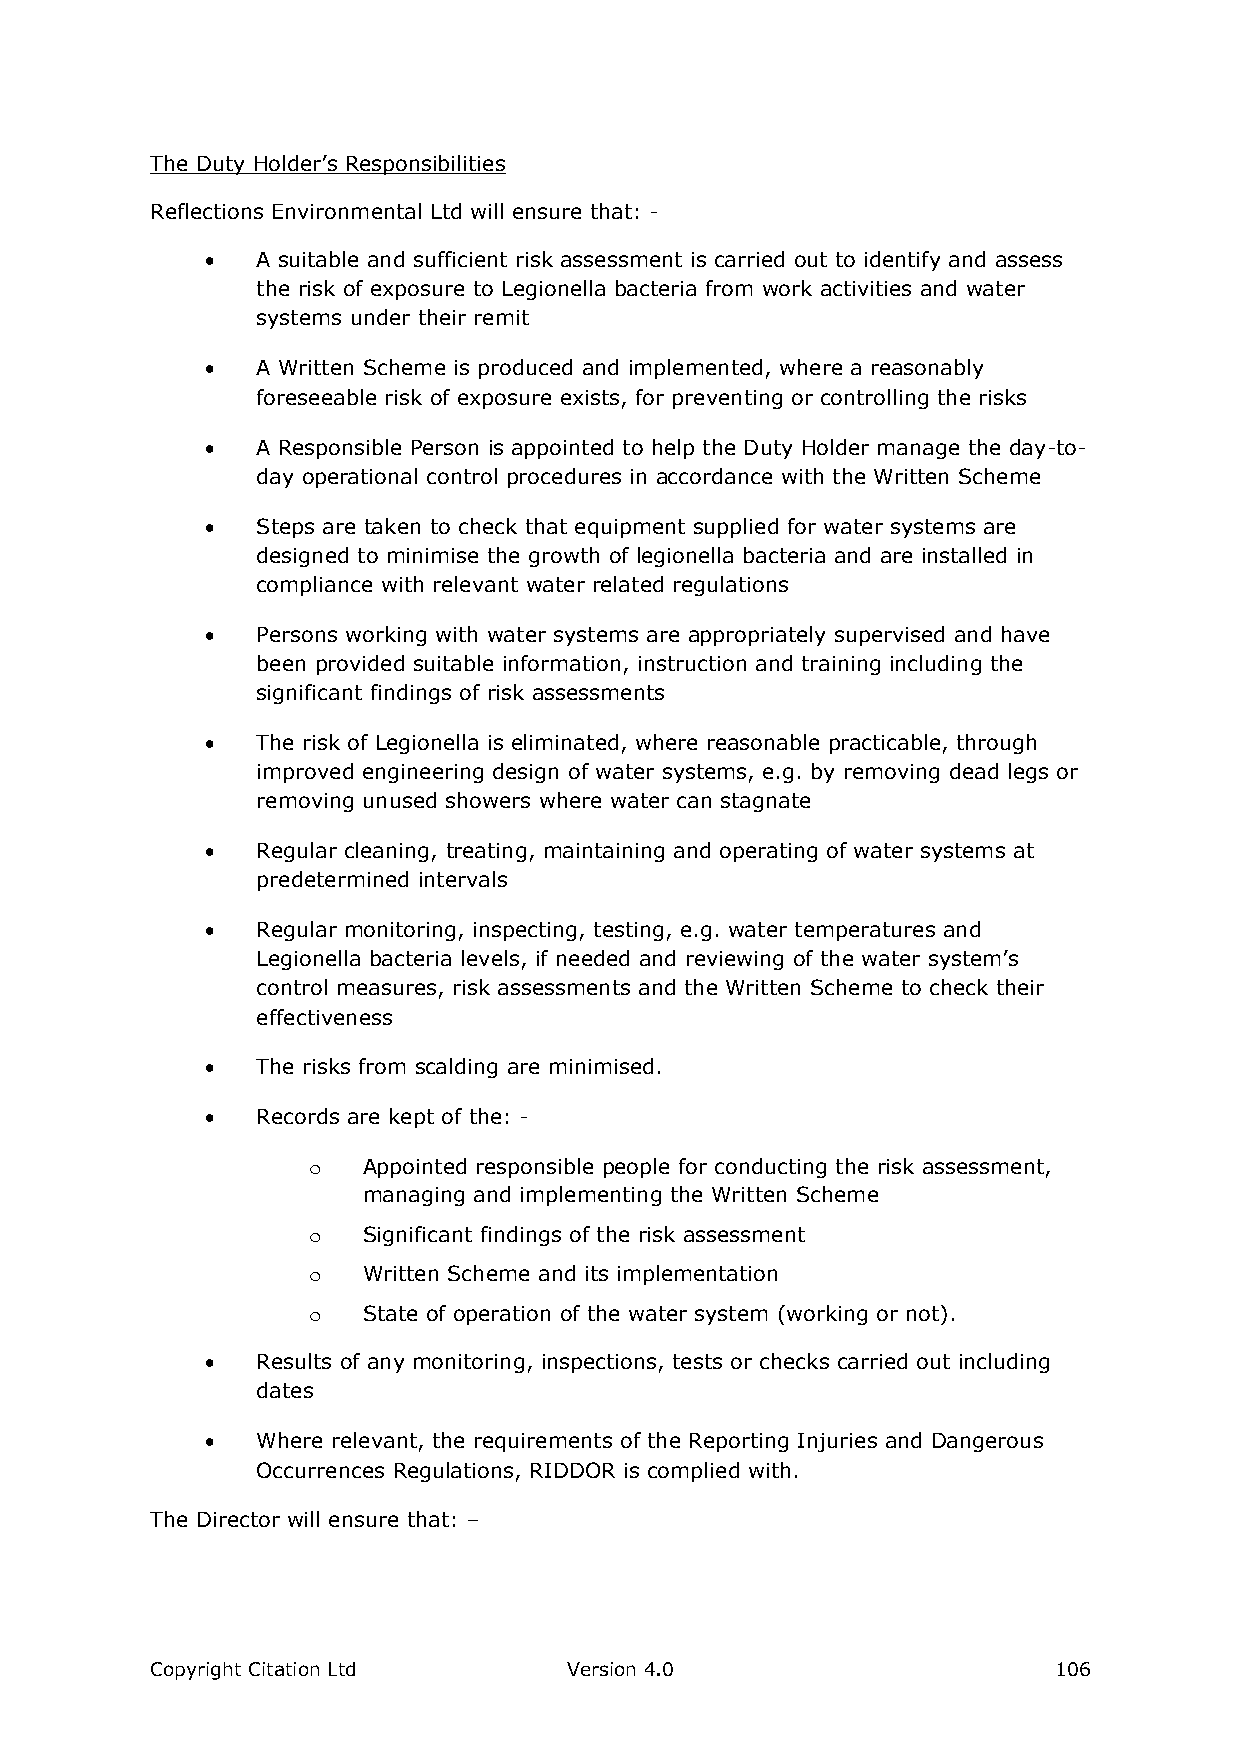
The Duty Holder’s Responsibilities
 Reflections Environmental Ltd will ensure that: -
   A suitable and sufficient risk assessment is carried out to identify and assess
 the risk of exposure to Legionella bacteria from work activities and water
 systems under their remit
   A Written Scheme is produced and implemented, where a reasonably
 foreseeable risk of exposure exists, for preventing or controlling the risks
   A Responsible Person is appointed to help the Duty Holder manage the day-to-
 day operational control procedures in accordance with the Written Scheme
   Steps are taken to check that equipment supplied for water systems are
 designed to minimise the growth of legionella bacteria and are installed in
 compliance with relevant water related regulations
   Persons working with water systems are appropriately supervised and have
 been provided suitable information, instruction and training including the
 significant findings of risk assessments
   The risk of Legionella is eliminated, where reasonable practicable, through
 improved engineering design of water systems, e.g. by removing dead legs or
 removing unused showers where water can stagnate
   Regular cleaning, treating, maintaining and operating of water systems at
 predetermined intervals
   Regular monitoring, inspecting, testing, e.g. water temperatures and
 Legionella bacteria levels, if needed and reviewing of the water system’s
 control measures, risk assessments and the Written Scheme to check their
 effectiveness
   The risks from scalding are minimised.
   Records are kept of the: -
 o   Appointed responsible people for conducting the risk assessment,
 managing and implementing the Written Scheme
 o   Significant findings of the risk assessment
 o   Written Scheme and its implementation
 o   State of operation of the water system (working or not).
   Results of any monitoring, inspections, tests or checks carried out including
 dates
   Where relevant, the requirements of the Reporting Injuries and Dangerous
 Occurrences Regulations, RIDDOR is complied with.
 The Director will ensure that: –
 Copyright Citation Ltd      Version 4.0                     106